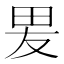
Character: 𭺿